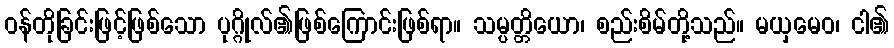
ဝန်တိုခြင်းဖြင့်ဖြစ်သော ပုဂ္ဂိုလ်၏ဖြစ်ကြောင်းဖြစ်ရာ။ သမ္ပတ္တိယော၊ စည်းစိမ်တို့သည်။ မယှမေဝ၊ ငါ၏